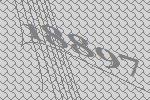
18897